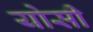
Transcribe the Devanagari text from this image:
योसी